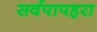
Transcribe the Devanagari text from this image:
सर्वपापहरा